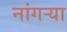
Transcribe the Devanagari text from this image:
नांगर्‍या